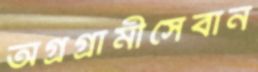
অগ্রগ্রামীসেবান